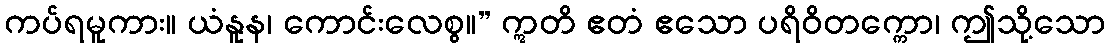
ကပ်ရမူကား။ ယံနူန၊ ကောင်းလေစွ။” ဣတိ ဧတံ ဧသော ပရိဝိတက္ကော၊ ဤသို့သော